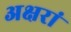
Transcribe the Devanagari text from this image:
अक्षरां